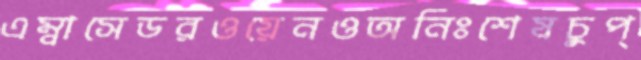
এম্বাসেডরওয়েনওঅনিঃশেষচুপ্